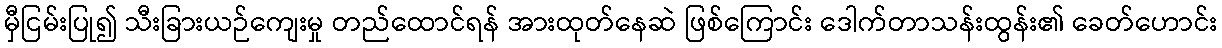
မှီငြမ်းပြု၍ သီးခြားယဉ်ကျေးမှု တည်ထောင်ရန် အားထုတ်နေဆဲ ဖြစ်ကြောင်း ဒေါက်တာသန်းထွန်း၏ ခေတ်ဟောင်း